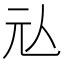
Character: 𰁤